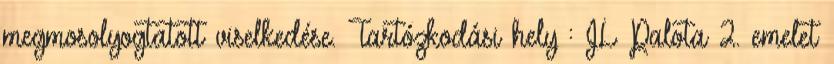
megmosolyogtatott viselkedése. Tartózkodási hely : JL Palota 2. emelet